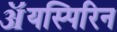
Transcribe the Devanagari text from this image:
ॲयस्पिरिन